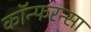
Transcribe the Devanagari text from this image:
कॉन्फरन्सा